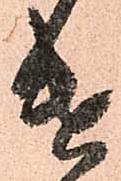
遣